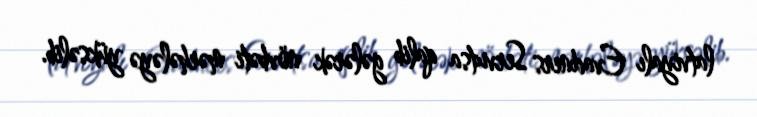
latviyalı Evadners Servutsa qalib gələrək növbəti mərhələyə yüksəlib.